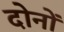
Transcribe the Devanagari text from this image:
दाेनाें